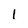
Character: 1